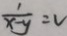
\frac { 1 } { x - y } = v